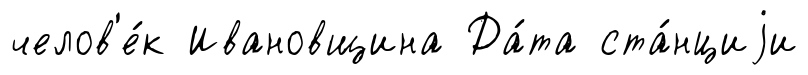
челов'е́к Ивановщина Да́та ста́нциjи